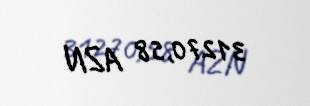
31270,58 AZN